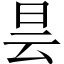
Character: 昙